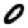
Digit: 0